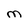
Character: M